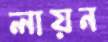
লায়ন